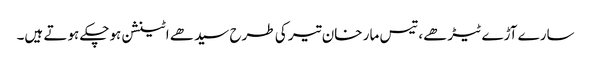
سارے آڑے ٹیڑھے، تیس مار خان تیر کی طرح سیدھے اٹینشن ہوچکے ہوتے ہیں۔